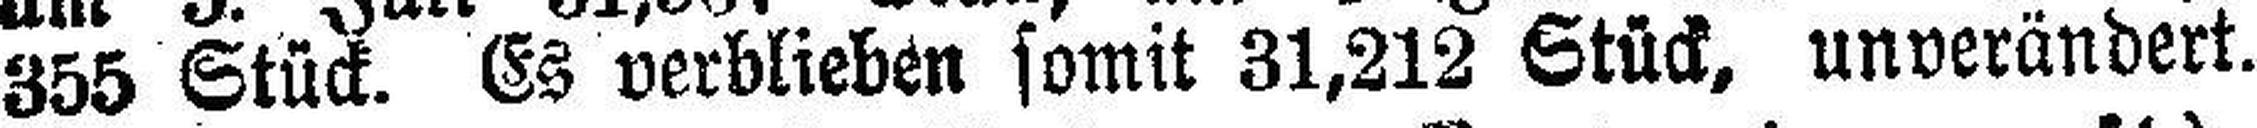
355 Stück. Es verblieben somit 31,212 Stück, unverändert.